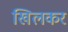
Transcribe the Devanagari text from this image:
खिलकर